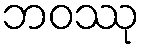
ဘဝဿု